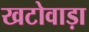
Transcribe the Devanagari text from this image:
खटोवाड़ा